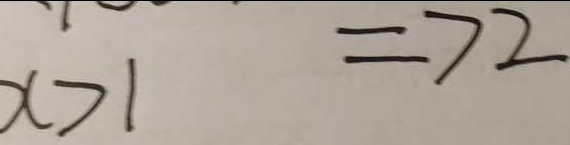
x > 1 \Rightarrow 1 2